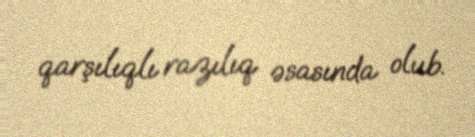
qarşılıqlı razılıq əsasında olub.